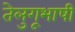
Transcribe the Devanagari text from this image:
तेलुगूभाषी